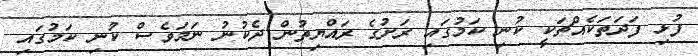
ފުޅި ފަދަތަކެއްޗަކީ ކުނި ކަމުގައި ރަށުގެ ރައްޔިތުން ދެކުނު ނަމަވެސް ކުނި ކަމުގައި